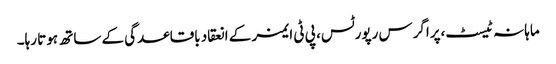
ماہانہ ٹیسٹ،پراگرس رپورٹس، پی ٹی ایمز کے انعقاد باقاعدگی کے ساتھ ہوتا رہا۔